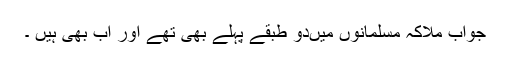
جواب ملاکہ مسلمانوں میںدو طبقے پہلے بھی تھے اور اب بھی ہیں ۔